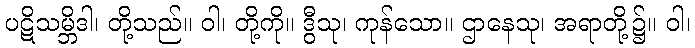
ပဋိသမ္ဘိဒါ၊ တို့သည်။ ဝါ၊ တို့ကို။ ဒွီသု၊ ကုန်သော။ ဌာနေသု၊ အရာတို့၌။ ဝါ၊